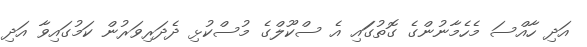
އަދި ހާއްސަ މެހެމާނުންގެ ގޮތުގަަައި އެ ސްކޫލްގެ މުސްކުޅި ދެދަރިވަރުން ކަމުގައިވާ އަދި